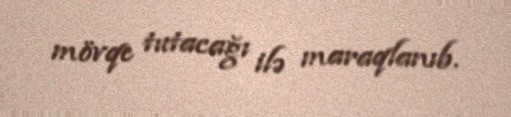
mövqe tutacağı ilə maraqlanıb.